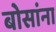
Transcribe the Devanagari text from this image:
बोसांना